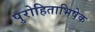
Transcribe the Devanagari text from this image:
पुरोहिताभिषेक